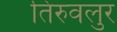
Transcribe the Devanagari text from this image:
तिरुवलुर